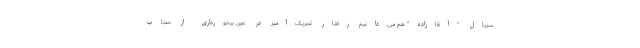
سریال "آقازاده" هم می‌دانیم رفتار تحریک‌آمیز در عین برخورداری از حجاب